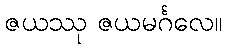
ဇယဿု ဇယမင်္ဂလေ။